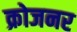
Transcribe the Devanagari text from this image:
क्रोजनर